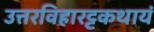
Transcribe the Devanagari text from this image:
उत्तरविहारट्टकथायं